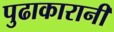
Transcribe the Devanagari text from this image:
पुढाकारानी